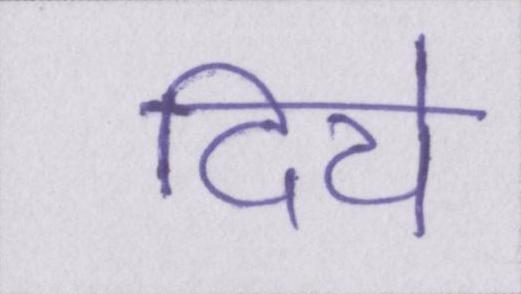
दिये